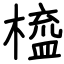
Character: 橀